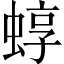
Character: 蜳